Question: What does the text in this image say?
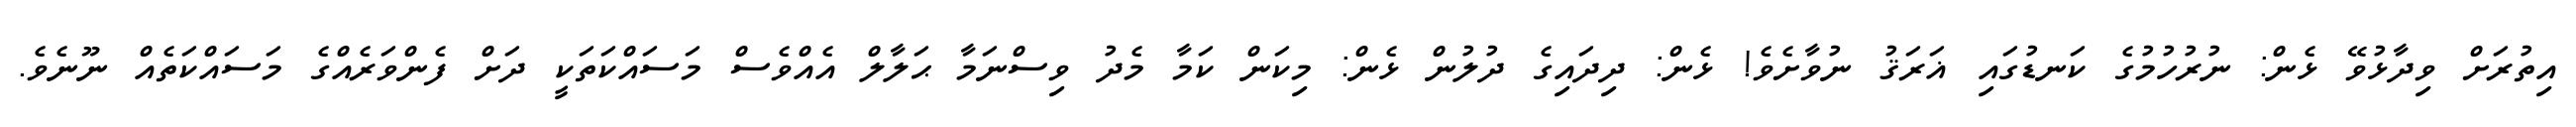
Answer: އިތުރަށް ވިދާޅުވޭ ޅެން: ނުރުހުމުގެ ކަނޑުގައި ޣަރަޤު ނުވާށެވެ! ޅެން: ދިދައިގެ ދުލުން ޅެން: މިކަން ކަމާ މެދު ވިސްނަމާ ޙަލާލް އެއްވެސް މަސައްކަތަކީ ދަށް ފެންވަރެއްގެ މަސައްކަތެއް ނޫނެވެ.